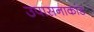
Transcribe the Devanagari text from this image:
उपासनाकांड